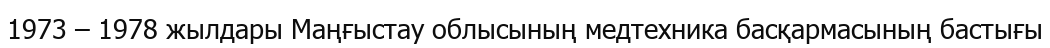
1973 – 1978 жылдары Маңғыстау облысының медтехника басқармасының бастығы